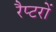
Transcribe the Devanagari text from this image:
रैप्टरों